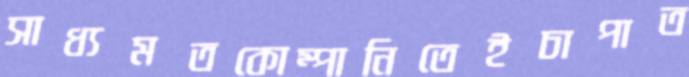
সাধ্যমতকোম্পানিতেইচাপাত